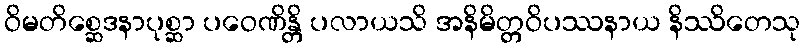
ဝိမတိစ္ဆေဒနာပုစ္ဆာ ပဝေဏိန္တိ ပလာယသိ အနိမိတ္တဝိပဿနာယ နိဿိတေသု